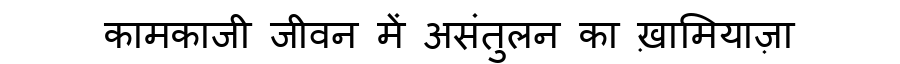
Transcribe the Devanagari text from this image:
कामकाजी जीवन में असंतुलन का ख़ामियाज़ा